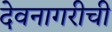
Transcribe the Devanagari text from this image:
देवनागरीची